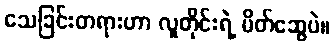
သေခြင်းတရားဟာ လူတိုင်းရဲ့ မိတ်ဆွေပဲ။